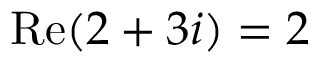
\operatorname { R e } ( 2 + 3 i ) = 2 \quad